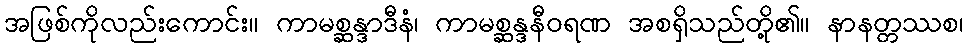
အဖြစ်ကိုလည်းကောင်း။ ကာမစ္ဆန္ဒာဒီနံ၊ ကာမစ္ဆန္ဒနီဝရဏ အစရှိသည်တို့၏။ နာနတ္တဿစ၊